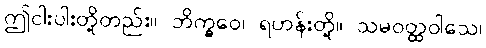
ဤငါးပါးတို့တည်း။ ဘိက္ခဝေ၊ ရဟန်းတို့။ သမဝတ္ထဝါသေ၊